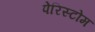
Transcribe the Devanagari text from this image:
पेरिस्टोम